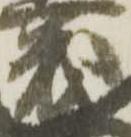
茂